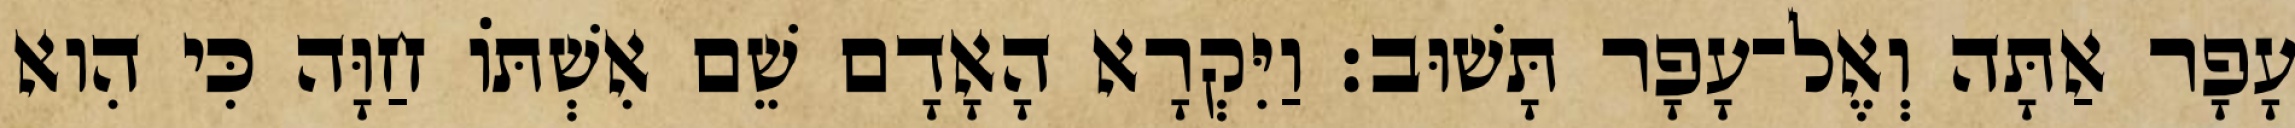
עָפָר אַתָּה וְאֶל־עָפָר תָּשׁוּב׃ וַיִּקְרָא הָאָדָם שֵׁם אִשְׁתֹּו חַוָּה כִּי הִוא